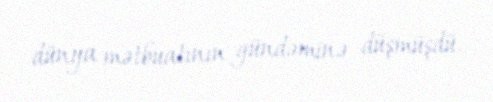
dünya mətbuatının gündəminə düşmüşdü.